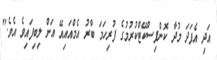
އަދި އެފަދަ މުދާ ކޮންފިސްކޭޓްކުރުމުގެ ފުރިހަމަ ބާރު އެމްއައިއޭ އަށް ލިބިފައިވެ އެވެ."